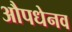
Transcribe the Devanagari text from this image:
औपधेनव